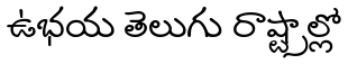
ఉభయ తెలుగు రాష్ట్రాల్లో